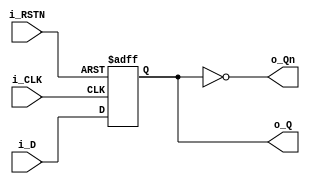
module dff_v (
  input i_D,
  output reg o_Q,
  output o_Qn,
  input i_CLK,
  input i_RSTN
  );

  assign o_Qn = ~o_Q;
  always @ ( posedge i_CLK, negedge i_RSTN) begin
    if(!i_RSTN) o_Q <= 1'b0;
    else o_Q <= i_D;
  end

endmodule //ttl7474